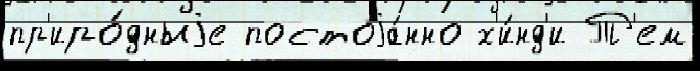
пр'иро́дныjе постоjа́нно х'и́нд'и Т'ем